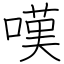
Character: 嘆